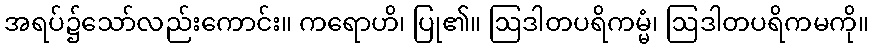
အရပ်၌သော်လည်းကောင်း။ ကရောဟိ၊ ပြု၏။ ဩဒါတပရိကမ္မံ၊ ဩဒါတပရိကမကို။